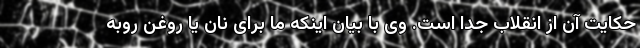
حکایت آن از انقلاب جدا است. وی با بیان اینکه ما برای نان یا روغن روبه